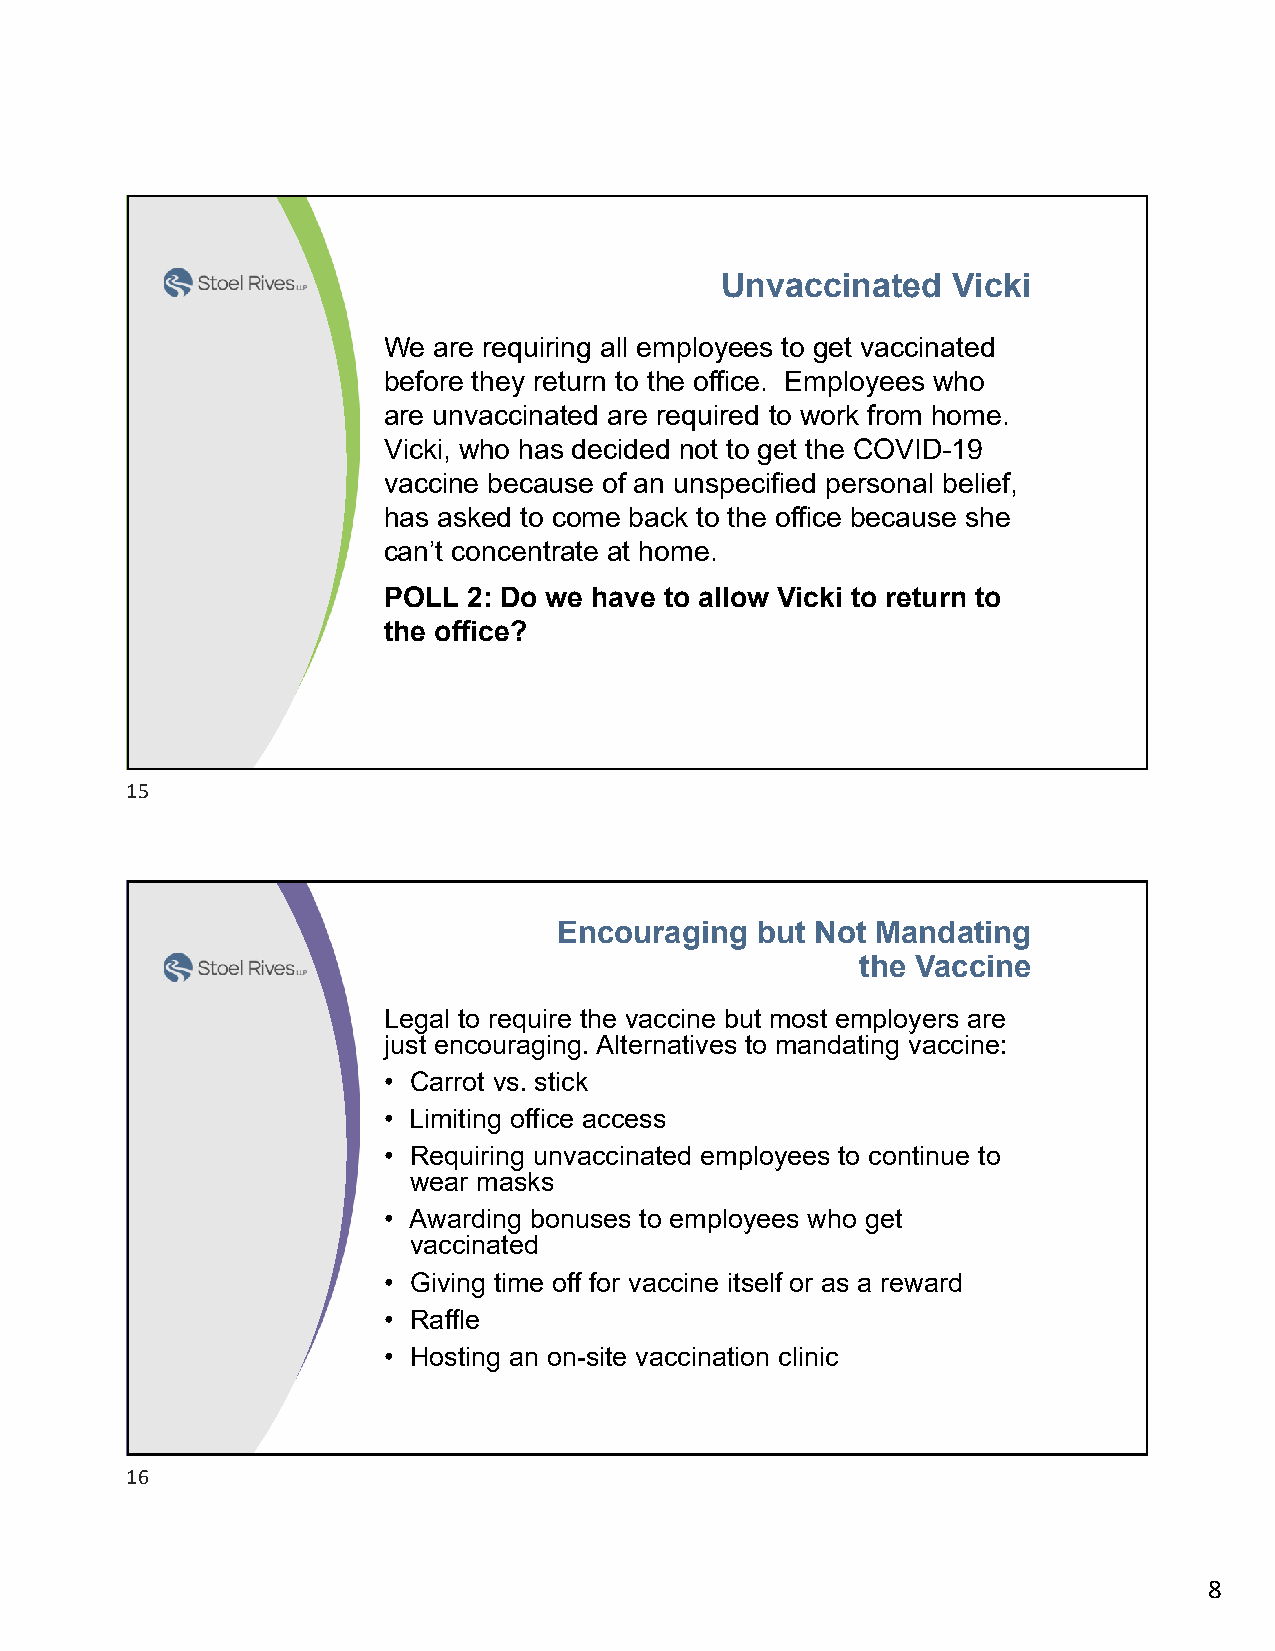
Unvaccinated   Vicki
 We  are requiring all employees to get vaccinated
 before they return to the office. Employees who
 are unvaccinated are required to work from home.
 Vicki, who has decided not to get the COVID-19
 vaccine because of an unspecified personal belief,
 has asked to come back to the office because she
 can’t concentrate at home.
 POLL  2: Do we have to allow Vicki to return to
 the office?
 15
 Encouraging  but Not Mandating
 the Vaccine
 Legal to require the vaccine but most employers are
 just encouraging. Alternatives to mandating vaccine:
 • Carrot vs. stick
 • Limiting office access
 • Requiring unvaccinated employees to continue to
 wear masks
 • Awarding bonuses to employees who get
 vaccinated
 • Giving time off for vaccine itself or as a reward
 • Raffle
 • Hosting an on-site vaccination clinic
 16
 8